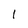
Character: 1